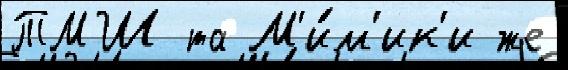
ТМШ та М'и́м'ик'и же